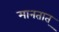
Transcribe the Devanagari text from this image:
मानतात्